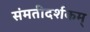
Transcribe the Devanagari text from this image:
संमतीदर्शकम्